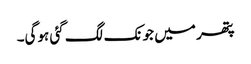
پتھر میں جونک لگ گئی ہوگی۔